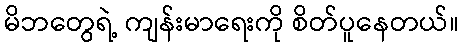
မိဘတွေရဲ့ ကျန်းမာရေးကို စိတ်ပူနေတယ်။